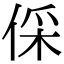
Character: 倸